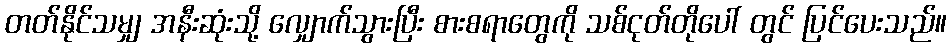
တတ်နိုင်သမျှ အနီးဆုံးသို့ လျှောက်သွားပြီး စားစရာတွေကို သစ်ငုတ်တိုပေါ် တွင် ပြင်ပေးသည်။